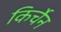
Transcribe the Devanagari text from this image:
किर्चेन